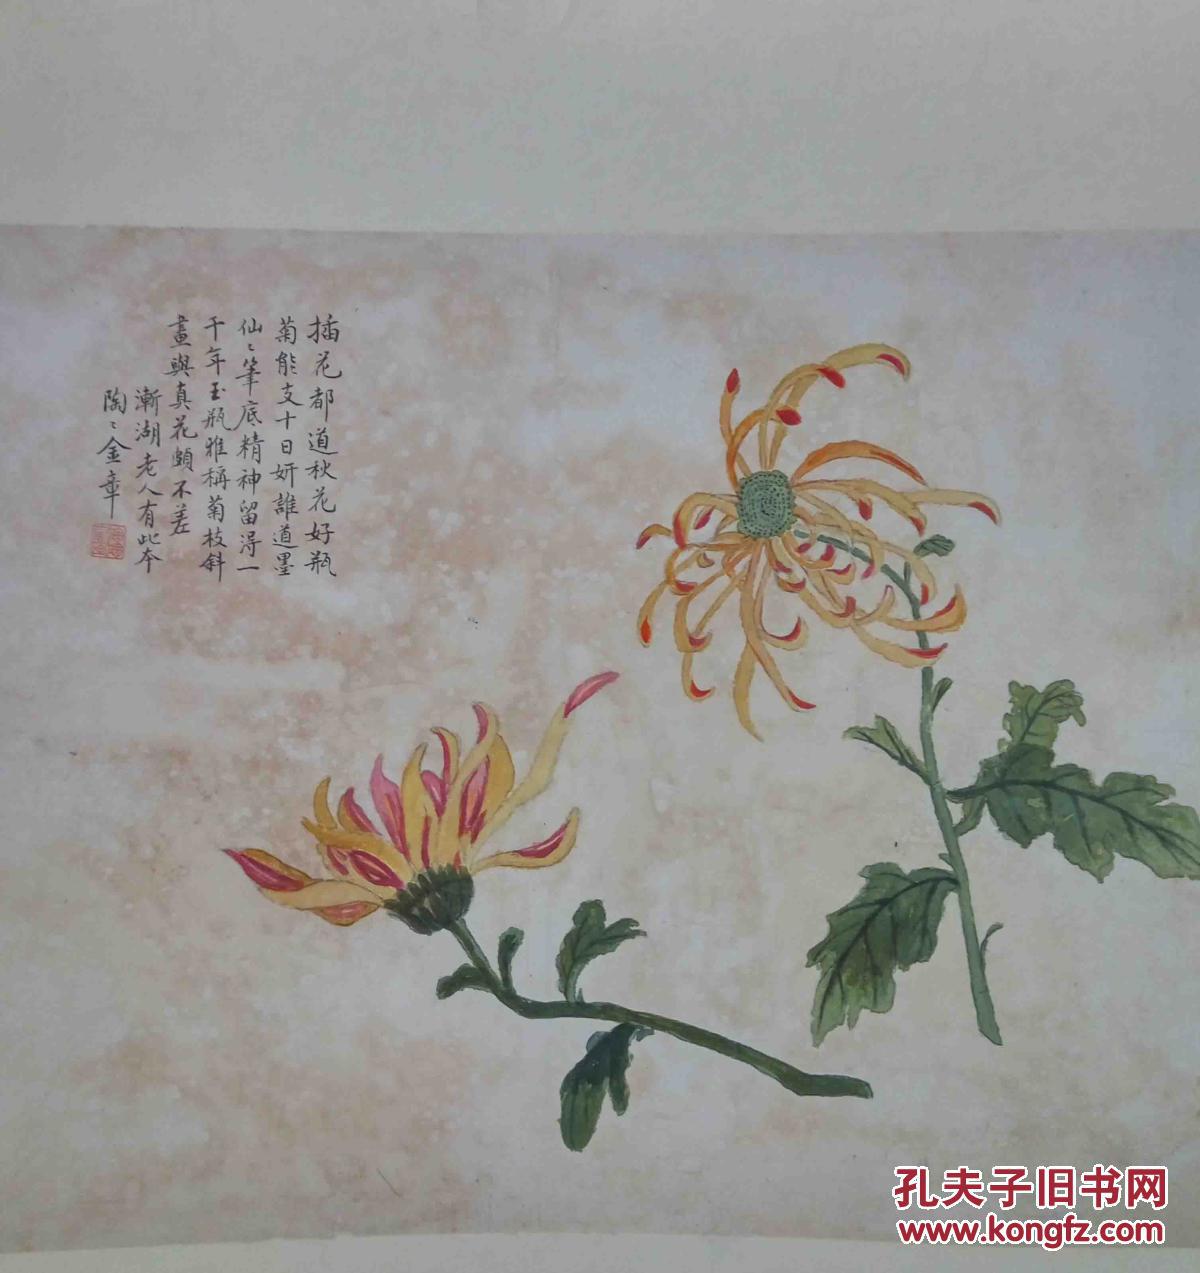
冬夜兮陶陶，雨雪兮冥冥。